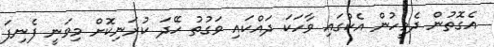
އެގޮތުން ދެމީހުން އެކުގައި ވާހަކަ ދައްކައި ވަގުތު ހޭދަ ކުރަނިކޮށް މިވަނީ ފެނިފަ